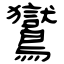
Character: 鸑